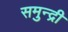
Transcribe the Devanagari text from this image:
समुन्द्री